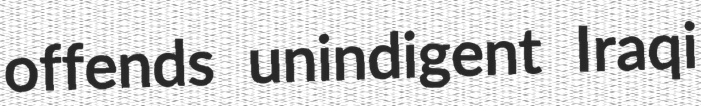
offends unindigent Iraqi